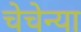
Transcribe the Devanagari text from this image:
चेचेन्या